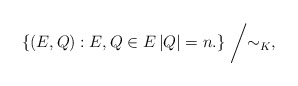
\begin{align*} \left\{ (E,Q): E, Q\in E \left|Q\right|=n. \right\}\biggm/\sim_{K}, \end{align*}